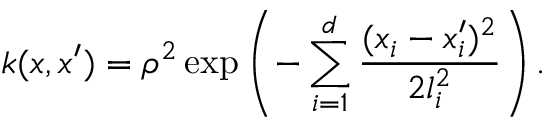
k ( x , x ^ { \prime } ) = \rho ^ { 2 } \exp \left( - \sum _ { i = 1 } ^ { d } \frac { ( x _ { i } - x _ { i } ^ { \prime } ) ^ { 2 } } { 2 l _ { i } ^ { 2 } } \right) .